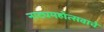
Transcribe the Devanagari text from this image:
नाट्यमहोत्सवाचे